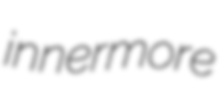
innermore